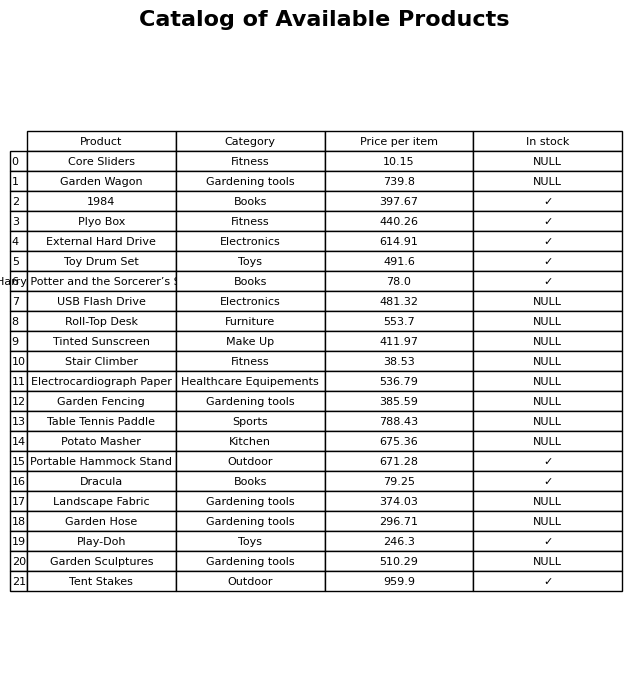
question: What category does the Toy Drum Set belong to?
answer: Toys